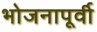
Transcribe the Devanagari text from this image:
भोजनापूर्वी